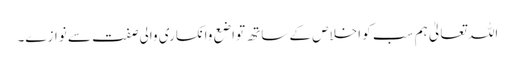
اللہ تعالیٰ ہم سب کو اخلاص کے ساتھ تواضع وانکساری والی صفت سے نوازے۔